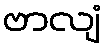
ဗာလျံ